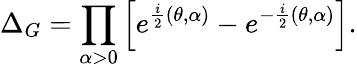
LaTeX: \Delta_{G}=\prod_{\alpha>0}\Big[e^{\frac{i}{2}(\theta,\alpha)}-e^{-\frac{i}{2}(\theta,\alpha)}\Big].